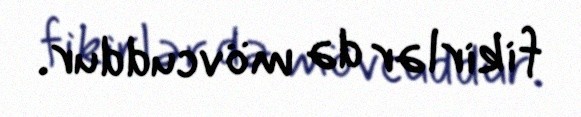
fikirlər də mövcuddur.